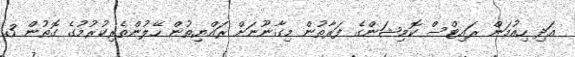
އަދި ހިއުމަން ރައިޓްސް ކޮމިޝަންގެ ފަރާތުން މިގާނޫނަށް ރައްޔިތުން ހޭލުންތެރިކުރުމުގެ ގޮތުން 3